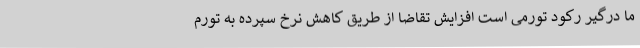
ما درگیر رکود تورمی است افزایش تقاضا از طریق کاهش نرخ سپرده به تورم